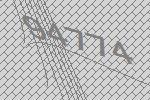
94774